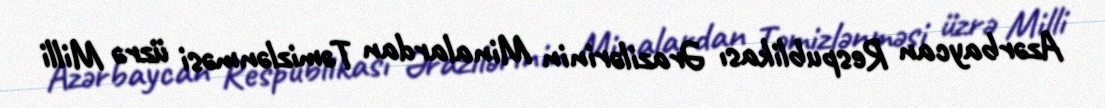
Azərbaycan Respublikası Ərazilərinin Minalardan Təmizlənməsi üzrə Milli